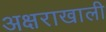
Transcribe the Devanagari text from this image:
अक्षराखाली